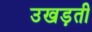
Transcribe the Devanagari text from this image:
उखड़ती